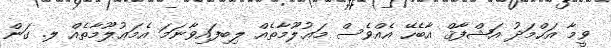
ވީމާ އަޙްމަދު އަޝްފާޤް އާބެހޭ އެއްވެސް މަޢުލޫމާތެއް ލިބިފައިވާނަމަ އެމަޢުލޫމާތެއް ލ. ގަން